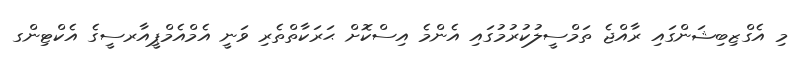
މި އެގްޒިބިޝަންގައި ރާއްޖެ ތަމްސީލުކުރުމުގައި އެންމެ އިސްކޮށް ޙަރަކާތްތެރި ވަނީ އެމްއެމްޕީއާރސީގެ އެކްޓިންގ